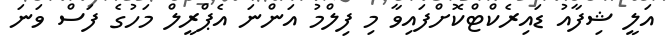
އަލީ ޝިފާއު ޑައިރެކްޓްކޮށްފައިވާ މި ފިލްމު އަންނަ އެޕްރީލް މަހުގެ ފަސް ވަނަ